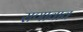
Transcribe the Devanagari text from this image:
राणावाव